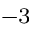
^ { - 3 }